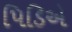
પિડિએ